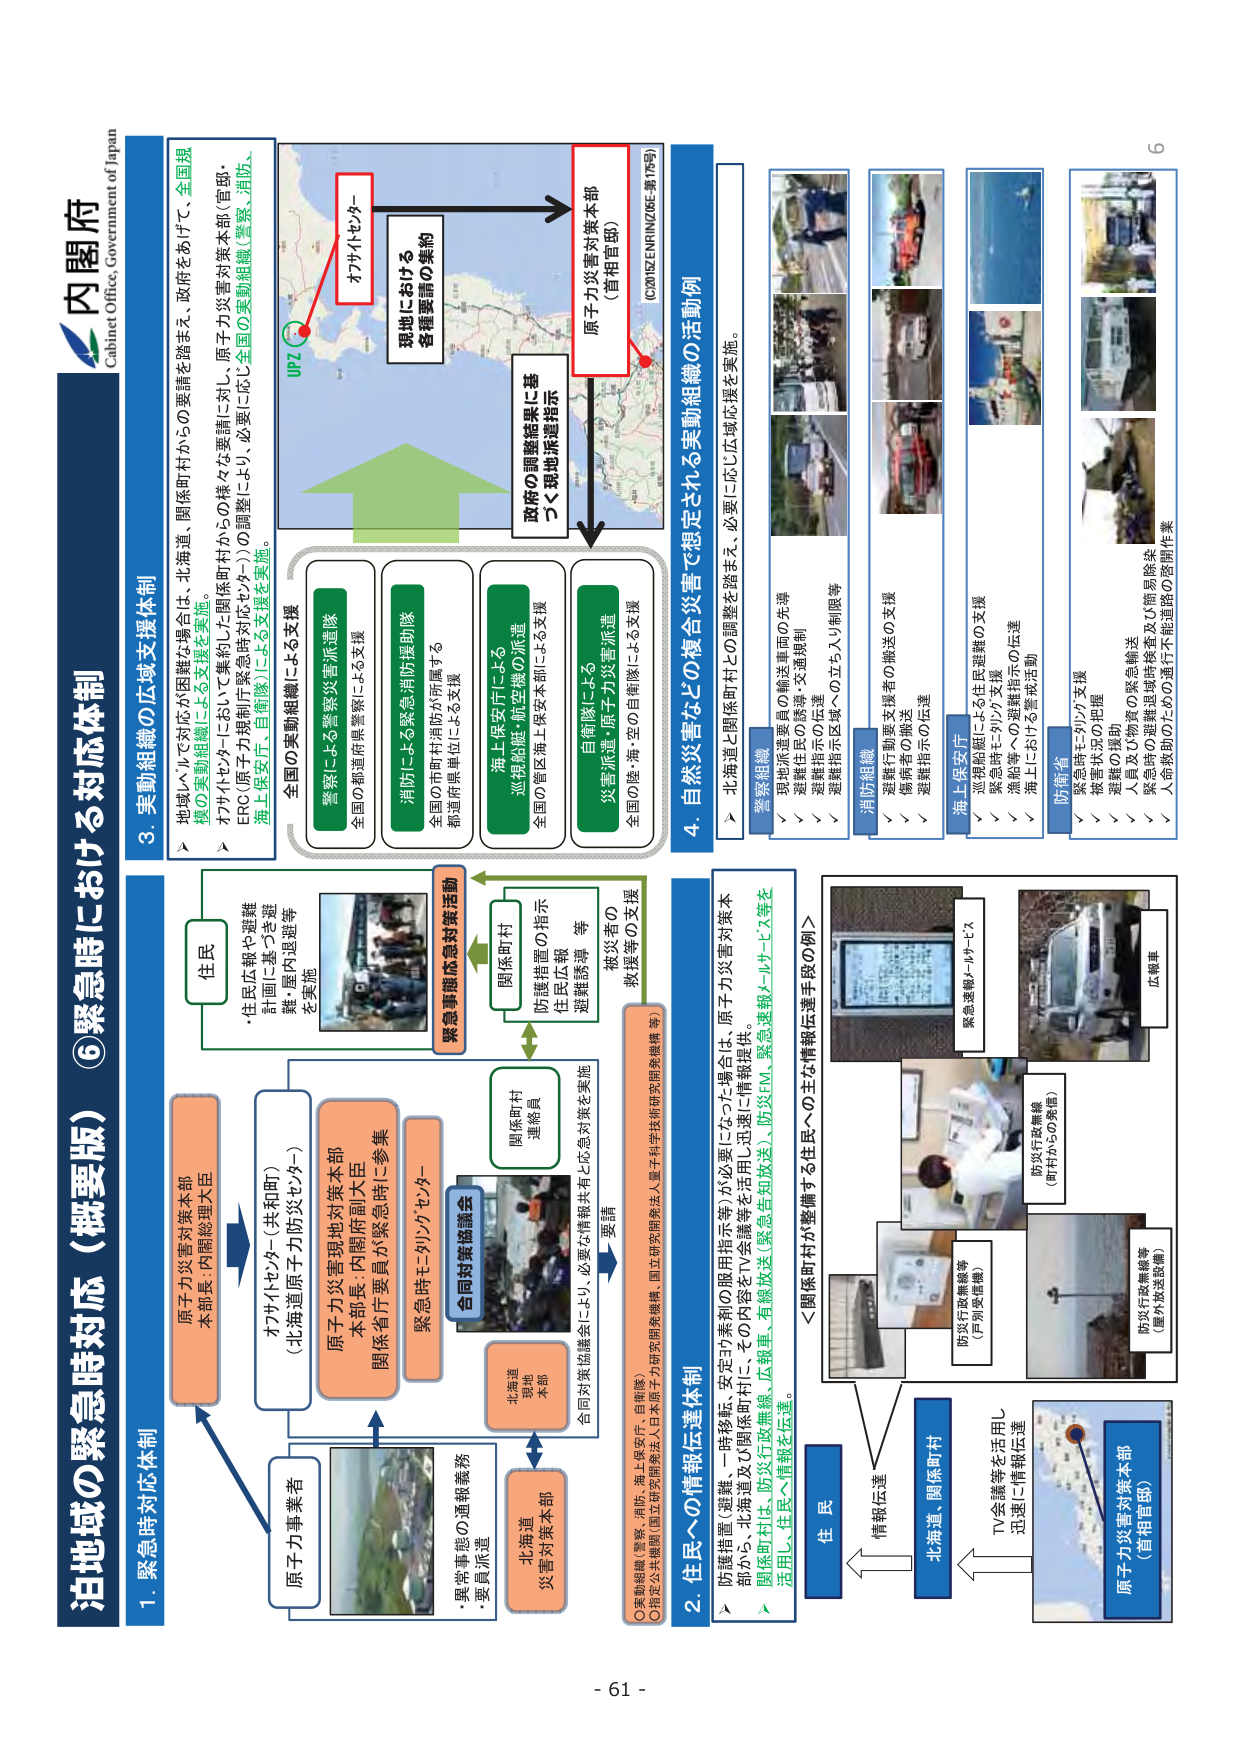
内閣府
Cabinet Office, Government of Japan

泊地域の緊急時対応（概要版）⑥

1. 緊急時対応体制
原子力災害対策本部
本部長：内閣総理大臣
オフサイトセンター（共和町）
（北海道原子力防災センター）
原子力事業者
緊急時モニタリングセンター
関係省庁要員が緊急時に参集
原子力災害現地対策本部
本部長：内閣府副大臣
関係町村
連絡員
合同対策協議会
要請
北海道
災害対策本部
北海道
愛知
本部
・異常事態の通報義務
・要員派遣
合同対策協議会により、必要な情報共有と応急対策を実施

2. 住民への情報伝達体制
防護措置（避難、一時移転、安定ヨウ素剤の服用指示等）が必要になった場合、原子力災害対策本部から、北海道及び関係町村に、その内容をTV全編等を活用し、迅速に情報提供。
関係町村は、防災行政無線、広報車、有線放送（緊急告知放送）、防災FM、緊急連絡メールサービス等を活用し、住民へ情報を伝達。
＜関係町村が整備する住民への主な情報伝達手段の例＞
防災行政無線
（町村からの発信）
緊急連絡メールサービス
広報車
防災行政無線等
（他府県送信等）
TV全編等を活用し
迅速に情報伝達
住民
情報伝達
北海道、関係町村
原子力災害対策本部
（首相官邸）
○実動組織（警察、消防、海上保安庁、自衛隊）
○指定公共機関（国立研究開発法人日本原子力研究開発機構、国立研究開発法人量子科学技術研究開発機構等）

3. 実動組織の広域支援体制
→ 地域レベルで対応が困難な場合は、北海道、関係町村からの要請を踏まえ、政府をあげて、全国規模の実動組織による支援を実施。
→ オフサイトセンターにおいて集約した関係町村からの様々な要請に対し、原子力災害対策本部（官邸、ERC（原子力規制庁緊急時対応センター））の調整により、必要に応じ全国の実動組織（警察、消防、海上保安庁、自衛隊）による支援を実施。
全国の実動組織による支援
警察による警察災害派遣隊
全国の都道府県警察による支援
消防による緊急消防援助隊
全国の市町村消防が所属する都道府県単位による支援
海上保安庁による巡視船艇・航空機の派遣
全国の管区海上保安本部による支援
自衛隊による災害派遣・原子力災害派遣
全国の陸・海・空の自衛隊による支援
UPZ
オフサイトセンター
現地における各種要請の集約
政府の調整結果に基づく現地派遣指示
原子力災害対策本部
（首相官邸）
C(2015ZENINZURE-第75号)

4. 自然災害などの複合災害で想定される実動組織の活動例
→ 北海道と関係町村との調整を踏まえ、必要に応じ広域応援を実施。
警察組織
√ 現地派遣要員の輸送車両の先導
√ 避難住民の誘導・交通規制
√ 避難指示の伝達
√ 避難指示区域への立ち入り制限等
消防組織
√ 避難行動要支援者の搬送の支援
√ 避難者の搬送
√ 避難指示の伝達
海上保安庁
√ 巡視船艇による住民避難の支援
√ 緊急時にドリル支援
√ 漁船等への避難指示の伝達
√ 海上における警戒活動
防衛省
√ 緊急時モニタリング支援
√ 被害状況の把握
√ 避難の援助
√ 人員及び物資の緊急輸送
√ 緊急時の避難道路の検査及び簡易除染
√ 人命救助のための通行不能道路の密閉作業

住民
・住民広報や避難計画に基づき避難・屋内退避等を実施
緊急事態応急対策活動
関係町村
防護措置の指示
住民情報
避難誘導等
被災者の支援

6
- 61 -